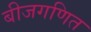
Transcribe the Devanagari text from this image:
बीजगणित